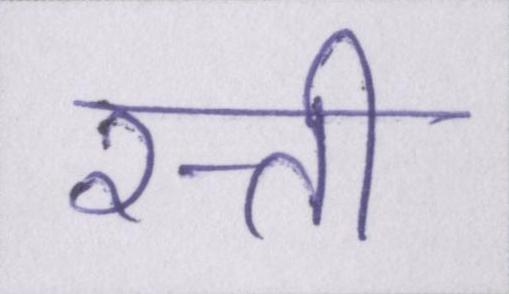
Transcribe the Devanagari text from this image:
रत्ती